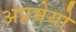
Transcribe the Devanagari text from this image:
अप्रमेयो